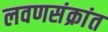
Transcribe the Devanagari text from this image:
लवणसंक्रांत